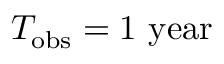
T _ { \mathrm { o b s } } = 1 ~ \mathrm { y e a r }